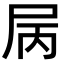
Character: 𡱆